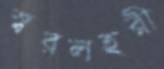
স্বরলহরী